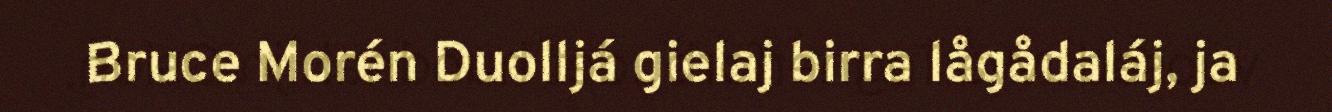
Bruce Morén Duolljá gielaj birra lågådaláj, ja